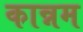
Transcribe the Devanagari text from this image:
कान्नम